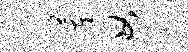
董母